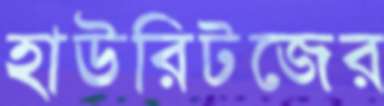
হাউরিটজের